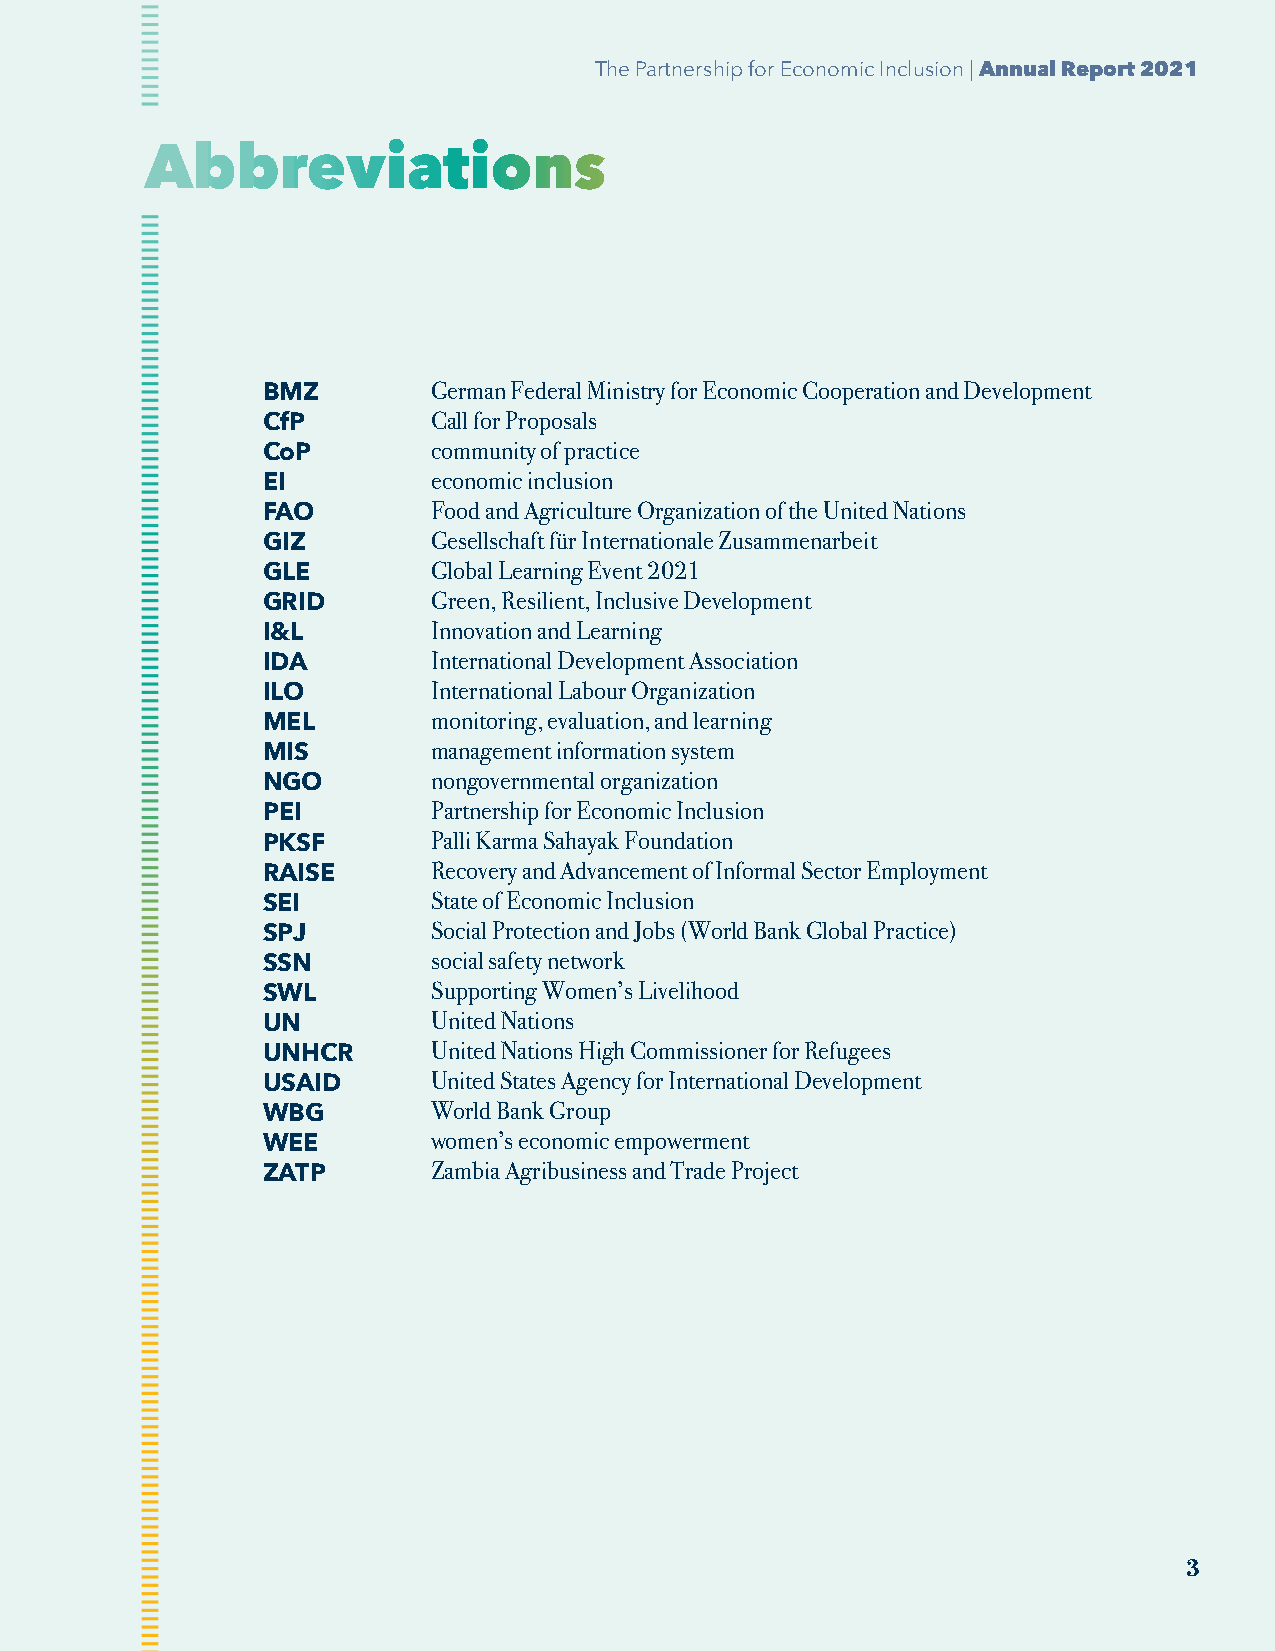
The Partnership for Economic Inclusion | Annual Report 2021
 Abbreviations
 German Federal Ministry for Economic Cooperation and Development
 BMZ
 Call for Proposals
 CfP
 community of practice
 CoP
 economic inclusion
 EI
 Food and Agriculture Organization of the United Nations
 FAO
 Gesellschaft für Internationale Zusammenarbeit
 GIZ
 Global Learning Event 2021
 GLE
 Green, Resilient, Inclusive Development
 GRID
 Innovation and Learning
 I&L
 International Development Association
 IDA
 International Labour Organization
 ILO
 monitoring, evaluation, and learning
 MEL
 management information system
 MIS
 nongovernmental organization
 NGO
 Partnership for Economic Inclusion
 PEI
 Palli Karma Sahayak Foundation
 PKSF
 Recovery and Advancement of Informal Sector Employment
 RAISE
 State of Economic Inclusion
 SEI
 Social Protection and Jobs (World Bank Global Practice)
 SPJ
 social safety network
 SSN
 Supporting Women’s Livelihood
 SWL
 United Nations
 UN
 United Nations High Commissioner for Refugees
 UNHCR
 United States Agency for International Development
 USAID
 World Bank Group
 WBG
 women’s economic empowerment
 WEE
 Zambia Agribusiness and Trade Project
 ZATP
 3